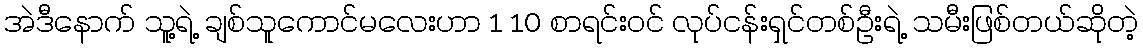
အဲဒီနောက် သူ့ရဲ့ ချစ်သူကောင်မလေးဟာ 1 10 စာရင်းဝင် လုပ်ငန်းရှင်တစ်ဦးရဲ့ သမီးဖြစ်တယ်ဆိုတဲ့